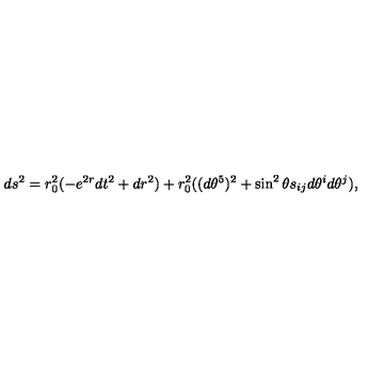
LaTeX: d s ^ { 2 } = r _ { 0 } ^ { 2 } ( - e ^ { 2 r } d t ^ { 2 } + d r ^ { 2 } ) + r _ { 0 } ^ { 2 } ( ( d \theta ^ { 5 } ) ^ { 2 } + \sin ^ { 2 } \theta s _ { i j } d \theta ^ { i } d \theta ^ { j } ) ,